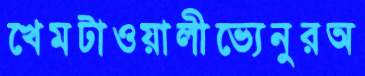
খেমটাওয়ালীভ্যেনুরঅ